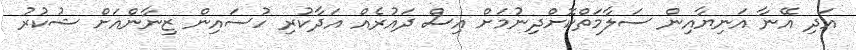
އަދި އޭނާ އަނިޔާއިން ސަލާމަތްކޮށްދިނުމަށް އިސް ދައުރެއް އަދާކުރި ހުސައިން ޒިނާންއަށް ޝުކުރު